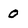
Character: 0